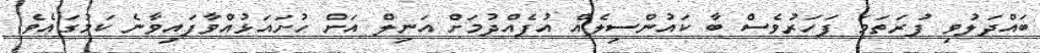
ބައްދަލުވި ފުރަތަމަ ފަހަރުވެސް ބާ ކައުންސިލެއް އުފެއްދުމަށް އަނިލް އަށް ހުށައަޅުއްވާފައިވާނެ ކަމުގައެވެ.